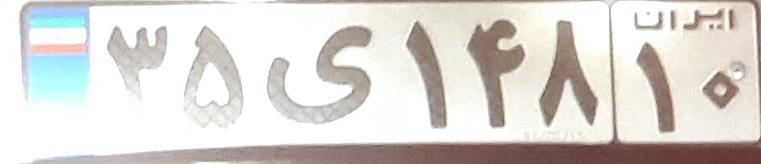
۳۵ی۱۴۸۱۰